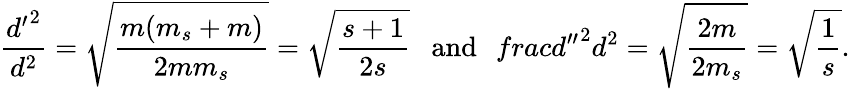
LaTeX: \frac{{d^{\prime}}^{2}}{d^{2}}=\sqrt{\frac{m(m_{s}+m)}{2mm_{s}}}=\sqrt{\frac{s+1}{2s}}\ \ \ \mathrm{and}\ \ \, frac{{d^{\prime\prime}}^{2}}{d^{2}}=\sqrt{\frac{2m}{2m_{s}}}=\sqrt{\frac{1}{s}}.